Indian journal of veterinary science and animal husbandry - Volume 14,
Year: 1944
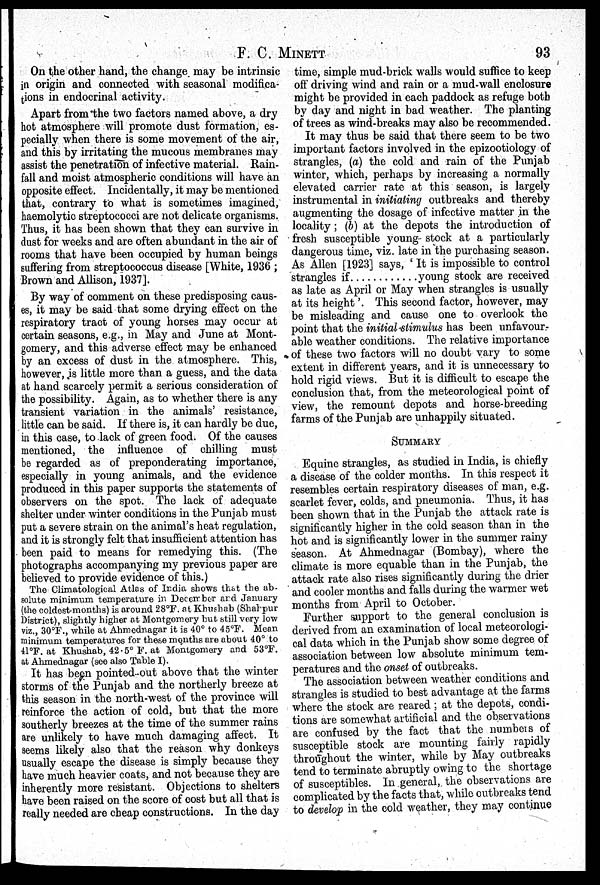
F. C.
MINETT
93
On the other hand, the change may be intrinsic
in origin and connected with seasonal modifica-
tions in endocrinal activity.
Apart from the two factors named above, a dry
hot atmosphere will promote dust formation, es-
pecially when there is some movement of the air,
and this by irritating the mucous membranes may
assist the penetration of infective material. Rain-
fall and moist atmospheric conditions will have an
opposite effect. Incidentally, it may be mentioned
that, contrary to what is sometimes imagined,
haemolytic streptococci are not delicate organisms.
Thus, it has been shown that they can survive in
dust for weeks and are often abundant in the air of
rooms that have been occupied by human beings
suffering from streptococcus disease [White, 1936 ;
Brown and Allison, 1937].
By way of comment on these predisposing caus-
es, it may be said that some drying effect on the
respiratory tract of young horses may occur at
certain seasons, e.g., in May and June at Mont-
gomery, and this adverse effect may be enhanced
by an excess of dust in the atmosphere. This,
however, is little more than a guess, and the data
at hand scarcely permit a serious consideration of
the possibility. Again, as to whether there is any
transient variation in the animals' resistance,
little can be said. If there is, it can hardly be due,
in this case, to lack of green food. Of the causes
mentioned, the influence of chilling must
be regarded as of preponderating importance,
especially in young animals, and the evidence
produced in this paper supports the statements of
observers on the spot. The lack of adequate
shelter under winter conditions in the Punjab must
put a severe strain on the animal's heat regulation,
and it is strongly felt that insufficient attention has
been paid to means for remedying this. (The
photographs accompanying my previous paper are
believed to provide evidence of this.)
The Climatological Atlas of India shows that the ab-
solute minimum temperature in December and January
(the coldest months) is around 28°F. at Khushab (Shahpur
District), slightly higher at Montgomery but still very low
viz., 30°F., while at Ahmednagar it is 40° to 45°F. Mean
minimum temperatures for these months are about 40° to
41°F. at Khushab, 42.5° F. at Montgomery and 53°F.
at Ahmednagar (see also Table I).
It has been pointed out above that the winter
storms of the Punjab and the northerly breeze at
this season in the north-west of the province will
reinforce the action of cold, but that the more
southerly breezes at the time of the summer rains
are unlikely to have much damaging affect. It
seems likely also that the reason why donkeys
usually escape the disease is simply because they
have much heavier coats, and not because they are
inherently more resistant. Objections to shelters
have been raised on the score of cost but all that is
really needed are cheap constructions. In the day
time, simple mud-brick walls would suffice to keep
off driving wind and rain or a mud-wall enclosure
might be provided in each paddock as refuge both
by day and night in bad weather. The planting
of trees as wind-breaks may also be recommended.
It may thus be said that there seem to be two
important factors involved in the epizootiology of
strangles, (a) the cold and rain of the Punjab
winter, which, perhaps by increasing a normally
elevated carrier rate at this season, is largely
instrumental in initiating outbreaks and thereby
augmenting the dosage of infective matter in the
locality; (b) at the depots the introduction of
fresh susceptible young stock at a particularly
dangerous time, viz. late in the purchasing season.
As Allen [1923] says, ' It is impossible to control
strangles if
young stock are received
as late as April or May when strangles is usually
at its height'. This second factor, however, may
be misleading and cause one to overlook the
point that the initial stimulus has been unfavour-
able weather conditions. The relative importance
of these two factors will no doubt vary to some
extent in different years, and it is unnecessary to
hold rigid views. But it is difficult to escape the
conclusion that, from the meteorological point of
view, the remount depots and horse-breeding
farms of the Punjab are unhappily situated.
SUMMARY
Equine strangles, as studied in India, is chiefly
a disease of the colder months. In this respect it
resembles certain respiratory diseases of man, e.g.
scarlet fever, colds, and pneumonia. Thus, it has
been shown that in the Punjab the attack rate is
significantly higher in the cold season than in the
hot and is significantly lower in the summer rainy
season. At Ahmednagar (Bombay), where the
climate is more equable than in the Punjab, the
attack rate also rises significantly during the drier
and cooler months and falls during the warmer wet
months from April to October.
Further support to the general conclusion is
derived from an examination of local meteorologi-
cal data which in the Punjab show some degree of
association between low absolute minimum tem-
peratures and the onset of outbreaks.
The association between weather conditions and
strangles is studied to best advantage at the farms
where the stock are reared ; at the depots, condi-
tions are somewhat artificial and the observations
are confused by the fact that the numbers of
susceptible stock are mounting fairly rapidly
throughout the winter, while by May outbreaks
tend to terminate abruptly owing to the shortage
of susceptibles. In general, the observations are
complicated by the facts that, while outbreaks tend
to develop in the cold weather, they may continue